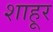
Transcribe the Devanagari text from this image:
शाहूर